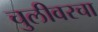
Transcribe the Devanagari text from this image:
चुलीवरचा